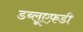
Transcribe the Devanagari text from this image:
डब्लूएफ़डी